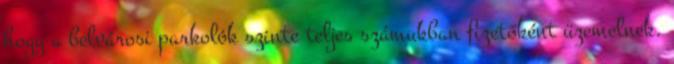
hogy a belvárosi parkolók szinte teljes számukban fizetőként üzemelnek.